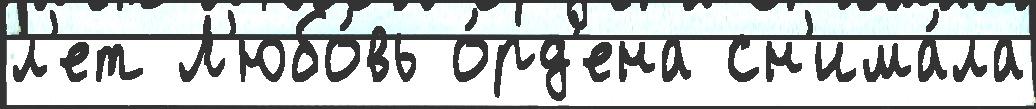
л'ет Л'юбо́вь о́рд'ена сн'има́ла